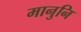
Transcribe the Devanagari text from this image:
मानुनि